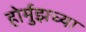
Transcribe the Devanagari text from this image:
होर्मुझच्या